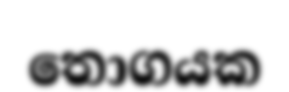
තොගයක